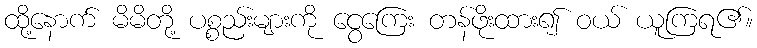
ထို့နောက် မိမိတို့ ပစ္စည်းများကို ငွေကြေး တန်ဖိုးထား၍ ဝယ် ယူကြရ၏။